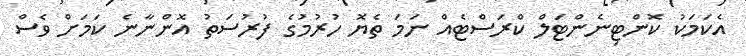
އެކަމަކު ކޮންޓިނެންޓަލް ކްރަސްޓެއް ނަމަ ތެޔޮ ހުރުމުގެ ފުރުސަތު އޮންނާނެ ކަމަށް ވެސް